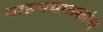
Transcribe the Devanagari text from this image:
वाहनचालकांचा